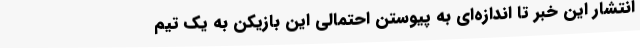
انتشار این خبر تا اندازه‌ای به پیوستن احتمالی این بازیکن به یک تیم